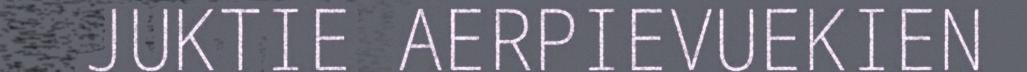
JUKTIE AERPIEVUEKIEN